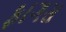
ફાગસ